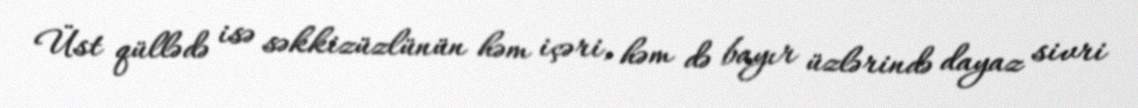
Üst qüllədə isə səkkizüzlünün həm içəri, həm də bayır üzlərində dayaz sivri